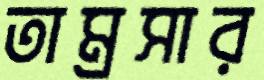
তাম্রসার